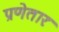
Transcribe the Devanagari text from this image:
प्रणेतारः